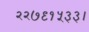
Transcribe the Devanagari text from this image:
२२७९१५३३।